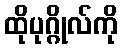
ထိုပုဂ္ဂိုလ်ကို